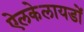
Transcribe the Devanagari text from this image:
ऐलकेलायडों